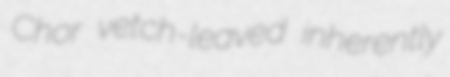
Chor vetch-leaved inherently